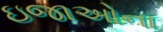
ઇજાઓના